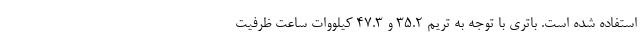
استفاده شده است. باتری با توجه به تریم 35.2 و 47.3 کیلووات ساعت ظرفیت